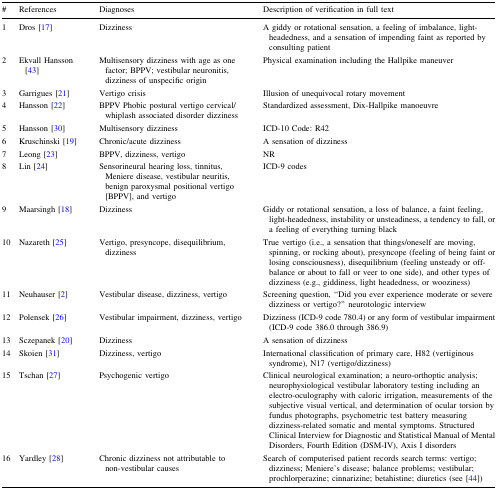
<table><thead><tr><td><b>#</b></td><td><b>References</b></td><td><b>Diagnoses</b></td><td><b>Description of verification in full text</b></td></tr></thead><tbody><tr><td>1</td><td>Dros [17]</td><td>Dizziness</td><td>A giddy or rotational sensation, a feeling of imbalance, light-headedness, and a sensation of impending faint as reported by consulting patient</td></tr><tr><td>2</td><td>Ekvall Hansson [43]</td><td>Multisensory dizziness with age as one factor; BPPV; vestibular neuronitis, dizziness of unspecific origin</td><td>Physical examination including the Hallpike maneuver</td></tr><tr><td>3</td><td>Garrigues [21]</td><td>Vertigo crisis</td><td>Illusion of unequivocal rotary movement</td></tr><tr><td>4</td><td>Hansson [22]</td><td>BPPV Phobic postural vertigo cervical/whiplash associated disorder dizziness</td><td>Standardized assessment, Dix-Hallpike manoeuvre</td></tr><tr><td>5</td><td>Hansson [30]</td><td>Multisensory dizziness</td><td>ICD-10 Code: R42</td></tr><tr><td>6</td><td>Kruschinski [19]</td><td>Chronic/acute dizziness</td><td>A sensation of dizziness</td></tr><tr><td>7</td><td>Leong [23]</td><td>BPPV, dizziness, vertigo</td><td>NR</td></tr><tr><td>8</td><td>Lin [24]</td><td>Sensorineural hearing loss, tinnitus, Meniere disease, vestibular neuritis, benign paroxysmal positional vertigo [BPPV], and vertigo</td><td>ICD-9 codes</td></tr><tr><td>9</td><td>Maarsingh [18]</td><td>Dizziness</td><td>Giddy or rotational sensation, a loss of balance, a faint feeling, light-headedness, instability or unsteadiness, a tendency to fall, or a feeling of everything turning black</td></tr><tr><td>10</td><td>Nazareth [25]</td><td>Vertigo, presyncope, disequilibrium, dizziness</td><td>True vertigo (i.e., a sensation that things/oneself are moving, spinning, or rocking about), presyncope (feeling of being faint or losing consciousness), disequilibrium (feeling unsteady or off-balance or about to fall or veer to one side), and other types of dizziness (e.g., giddiness, light headedness, or wooziness)</td></tr><tr><td>11</td><td>Neuhauser [2]</td><td>Vestibular disease, dizziness, vertigo</td><td>Screening question, “Did you ever experience moderate or severe dizziness or vertigo?” neurotologic interview</td></tr><tr><td>12</td><td>Polensek [26]</td><td>Vestibular impairment, dizziness, vertigo</td><td>Dizziness (ICD-9 code 780.4) or any form of vestibular impairment (ICD-9 code 386.0 through 386.9)</td></tr><tr><td>13</td><td>Sczepanek [20]</td><td>Dizziness</td><td>A sensation of dizziness</td></tr><tr><td>14</td><td>Skoien [31]</td><td>Dizziness, vertigo</td><td>International classification of primary care, H82 (vertiginous syndrome), N17 (vertigo/dizziness)</td></tr><tr><td>15</td><td>Tschan [27]</td><td>Psychogenic vertigo</td><td>Clinical neurological examination; a neuro-orthoptic analysis; neurophysiological vestibular laboratory testing including an electro-oculography with caloric irrigation, measurements of the subjective visual vertical, and determination of ocular torsion by fundus photographs, psychometric test battery measuring dizziness-related somatic and mental symptoms. Structured Clinical Interview for Diagnostic and Statistical Manual of Mental Disorders, Fourth Edition (DSM-IV), Axis I disorders</td></tr><tr><td>16</td><td>Yardley [28]</td><td>Chronic dizziness not attributable to non-vestibular causes</td><td>Search of computerised patient records search terms: vertigo; dizziness; Meniere’s disease; balance problems; vestibular; prochlorperazine; cinnarizine; betahistine; diuretics (see [44])</td></tr></tbody></table>